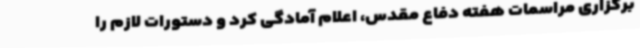
برگزاری مراسمات هفته دفاع مقدس، اعلام آمادگی کرد و دستورات لازم را